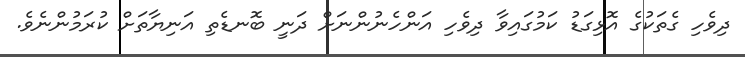
ދިވެހި ގެތަކުގެ އޮޅިގަޑު ކަމުގައިވާ ދިވެހި އަންހެނުންނަށް ދަނީ ބޮނޑެތި އަނިޔާތަށް ކުރަމުންނެވެ.